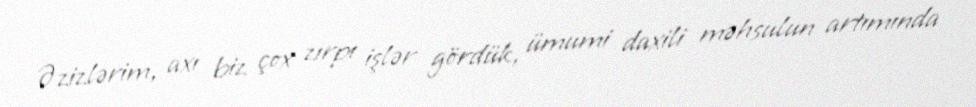
Əzizlərim, axı biz çox zırpı işlər gördük, ümumi daxili məhsulun artımında